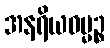
အနရိယဓမ္မဉ္စ